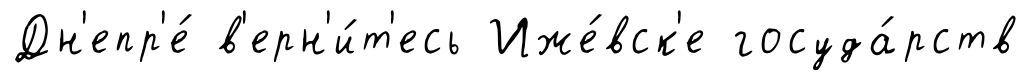
Дн'епр'е́ в'ерн'и́т'есь Иже́вск'е госуда́рств